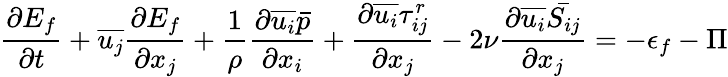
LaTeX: {\frac{\partial E_{f}}{\partial t}}+{\overline{{u_{j}}}}{\frac{\partial E_{f}}{\partial x_{j}}}+{\frac{1}{\rho}}{\frac{\partial{\overline{{u_{i}}}}{\bar{p}}}{\partial x_{i}}}+{\frac{\partial{\overline{{u_{i}}}}\tau_{ij}^{r}}{\partial x_{j}}}-2\nu{\frac{\partial{\overline{{u_{i}}}}{\bar{S_{ij}}}}{\partial x_{j}}}=-\epsilon_{f}-\Pi